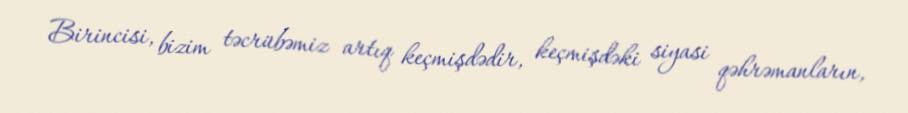
Birincisi, bizim təcrübəmiz artıq keçmişdədir, keçmişdəki siyasi qəhrəmanların,